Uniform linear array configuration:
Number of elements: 16
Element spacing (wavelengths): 1
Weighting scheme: cosine
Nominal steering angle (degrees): -30
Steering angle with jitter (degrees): -31.844
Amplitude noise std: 0.05
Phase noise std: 0.05

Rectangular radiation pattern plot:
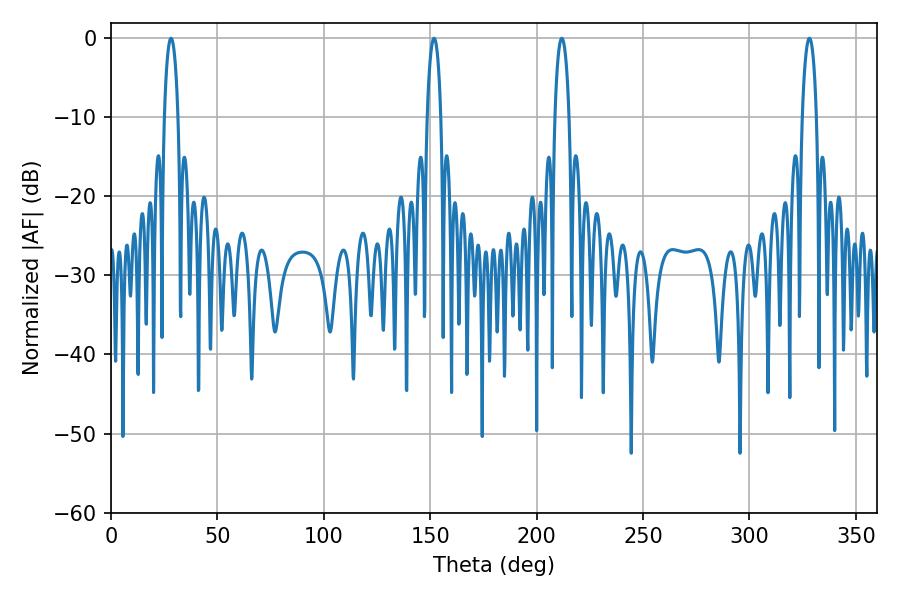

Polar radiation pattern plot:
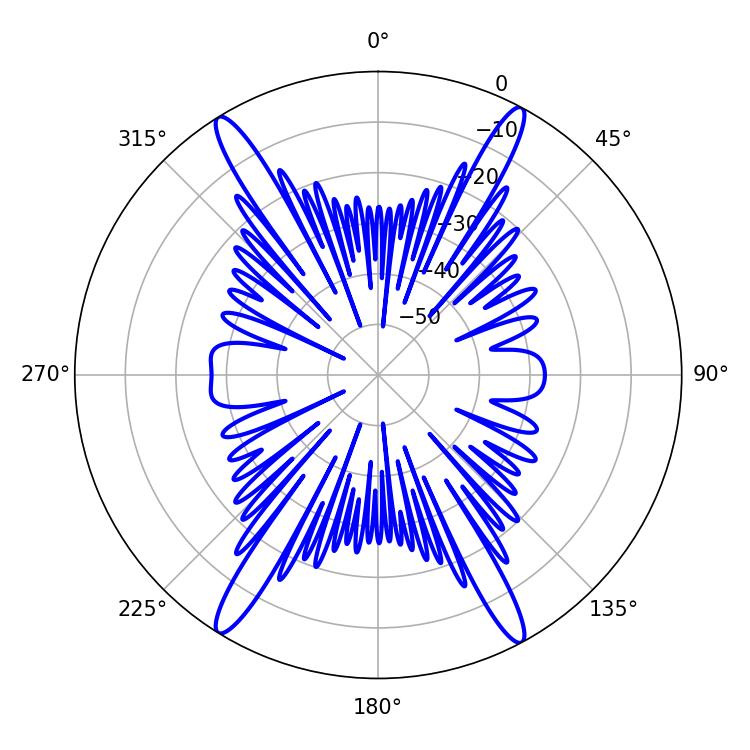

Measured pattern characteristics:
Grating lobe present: TRUE
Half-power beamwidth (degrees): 3.78
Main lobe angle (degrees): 211.86